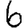
Digit: 6